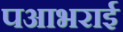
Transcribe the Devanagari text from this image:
पआभराई